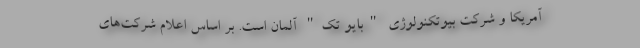
آمریکا و شرکت بیوتکنولوژی "بایو تک" آلمان است. بر اساس اعلام شرکت‌های